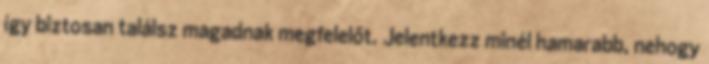
így biztosan találsz magadnak megfelelőt. Jelentkezz minél hamarabb, nehogy